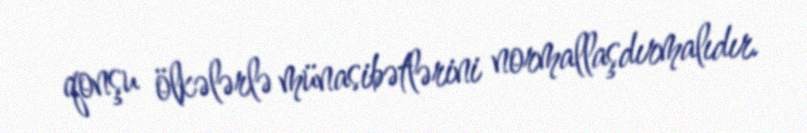
qonşu ölkələrlə münasibətlərini normallaşdırmalıdır.